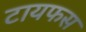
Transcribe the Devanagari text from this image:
टायफस